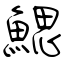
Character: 鰓